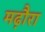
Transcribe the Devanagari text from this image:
मढ़ौरा